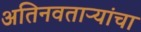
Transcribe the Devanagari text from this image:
अतिनवताऱ्यांचा